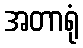
အတာရုံ